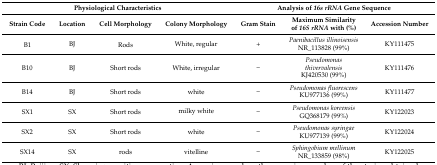
<table><thead><tr><td colspan="4"><b>Physiological Characteristics</b></td><td colspan="3"><b>Analysis of <i>16s rRNA</i> Gene Sequence</b></td></tr><tr><td><b>Strain Code</b></td><td><b>Location</b></td><td><b>Cell Morphology</b></td><td><b>Colony Morphology</b></td><td><b>Gram Stain</b></td><td><b>Maximum Similarity of <i>16S rRNA</i> with (%) </b></td><td><b>Accession Number</b></td></tr></thead><tbody><tr><td rowspan="2">B1</td><td rowspan="2">BJ</td><td rowspan="2">Rods</td><td rowspan="2">White, regular</td><td rowspan="2">+</td><td><i>Paenibacillus illinoisensis</i></td><td rowspan="2">KY111475</td></tr><tr><td>NR_113828 (99%)</td></tr><tr><td rowspan="2">B10</td><td rowspan="2">BJ</td><td rowspan="2">Short rods</td><td rowspan="2">White, irregular</td><td rowspan="2">–</td><td><i>Pseudomonas thivervalensis</i></td><td rowspan="2">KY111476</td></tr><tr><td>KJ420530 (99%)</td></tr><tr><td rowspan="2">B14</td><td rowspan="2">BJ</td><td rowspan="2">Short rods</td><td rowspan="2">white</td><td rowspan="2">–</td><td><i>Pseudomonas fluorescens</i></td><td rowspan="2">KY111477</td></tr><tr><td>KU977136 (99%)</td></tr><tr><td rowspan="2">SX1</td><td rowspan="2">SX</td><td rowspan="2">Short rods</td><td rowspan="2">milky white</td><td rowspan="2">–</td><td><i>Pseudomonas koreensis</i></td><td rowspan="2">KY122023</td></tr><tr><td>GQ368179 (99%)</td></tr><tr><td rowspan="2">SX2</td><td rowspan="2">SX</td><td rowspan="2">Short rods</td><td rowspan="2">white</td><td rowspan="2">–</td><td><i>Pseudomonas syringae</i></td><td rowspan="2">KY122024</td></tr><tr><td>KU977139 (99%)</td></tr><tr><td rowspan="2">SX14</td><td rowspan="2">SX</td><td rowspan="2">rods</td><td rowspan="2">vitelline</td><td rowspan="2">–</td><td><i>Sphingobium mellinum</i></td><td rowspan="2">KY122025</td></tr><tr><td>NR_133859 (98%)</td></tr></tbody></table>